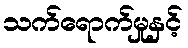
သက်ရောက်မှုနှင့်